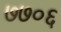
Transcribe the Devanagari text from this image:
७७०६